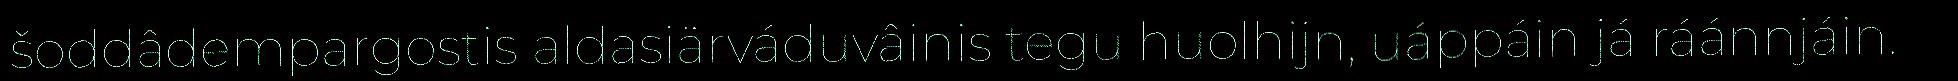
šoddâdempargostis aldasiärváduvâinis tegu huolhijn, uáppáin já ráánnjáin.